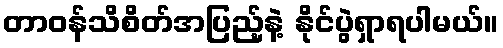
တာဝန်သိစိတ်အပြည့်နဲ့ နိုင်ပွဲရှာရပါမယ်။